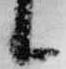
候